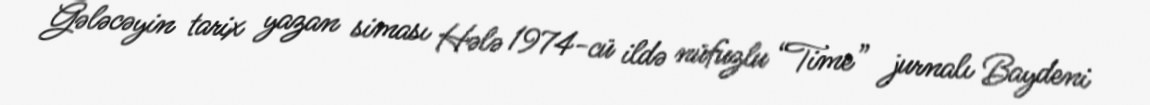
Gələcəyin tarix yazan siması Hələ 1974-cü ildə nüfuzlu “Time” jurnalı Baydeni